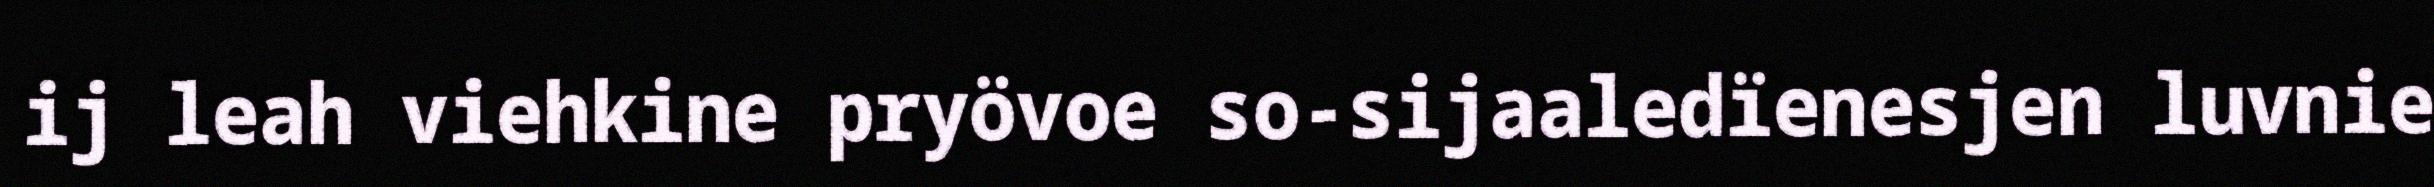
ij leah viehkine pryövoe so-sijaaledïenesjen luvnie